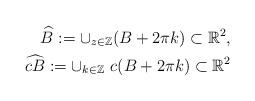
LaTeX: \begin{align*}\begin{aligned} \widehat B:=\cup _{z\in \mathbb Z} (B+2\pi k) \subset \mathbb R^2,\\ \widehat {cB}:= \cup_{k\in \mathbb Z}\ c(B+2\pi k) \subset \mathbb R^2 \end{aligned}\end{align*}